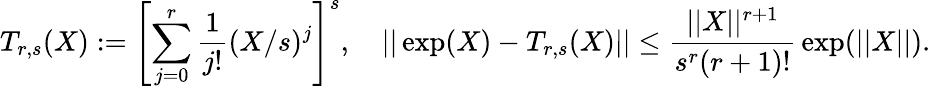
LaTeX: T_{r,s}(X):=\left[\sum_{j=0}^{r}{\frac{1}{j!}}(X/s)^{j}\right]^{s},\quad||\exp(X)-T_{r,s}(X)||\leq{\frac{||X||^{r+1}}{s^{r}(r+1)!}}\exp(||X||).